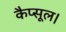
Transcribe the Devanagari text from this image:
कैप्सूल।